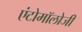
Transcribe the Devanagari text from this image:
एंटोमॉलोजी